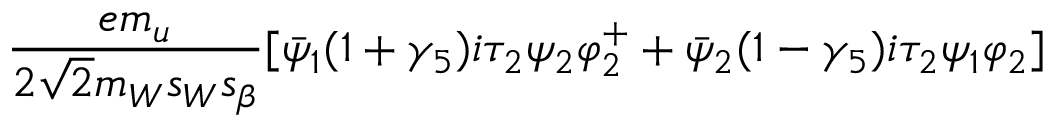
\frac { e m _ { u } } { 2 \sqrt { 2 } m _ { W } s _ { W } s _ { \beta } } [ \bar { \psi } _ { 1 } ( 1 + \gamma _ { 5 } ) i \tau _ { 2 } \psi _ { 2 } \varphi _ { 2 } ^ { + } + \bar { \psi } _ { 2 } ( 1 - \gamma _ { 5 } ) i \tau _ { 2 } \psi _ { 1 } \varphi _ { 2 } ]